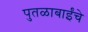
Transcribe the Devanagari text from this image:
पुतळाबाईंचे